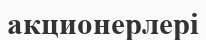
акционерлері